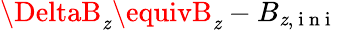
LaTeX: \DeltaB_{\mathit{z}}\equivB_{\mathit{z}}-B_{\mathit{z},\mathrm{{~i~n~i~}}}